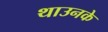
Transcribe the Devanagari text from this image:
थाउनके